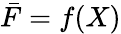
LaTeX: \bar{F}=f(X)